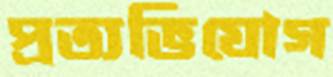
প্রত্যভিযোগ